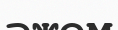
әжем